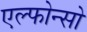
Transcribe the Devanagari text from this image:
एल्फोन्सो